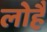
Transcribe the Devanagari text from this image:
लोहै